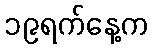
၁၉ရက်နေ့က